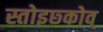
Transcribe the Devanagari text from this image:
स्तोइछ्कोव्